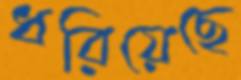
ধরিয়েছে